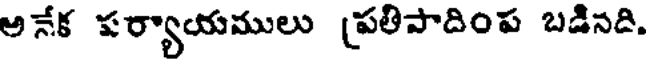
అ నేక పర్యాయములు (పతిపాదింప బడినది.